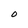
Character: O